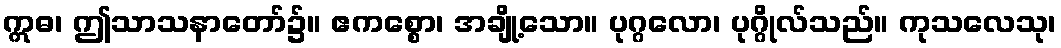
ဣဓ၊ ဤသာသနာတော်၌။ ဧကစ္စော၊ အချို့သော။ ပုဂ္ဂလော၊ ပုဂ္ဂိုလ်သည်။ ကုသလေသု၊